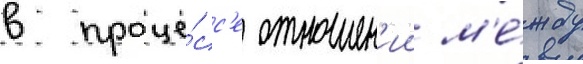
в проце́сс'е отношен'ии м'е́жду